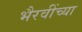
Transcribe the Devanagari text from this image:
भैरवींच्या